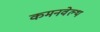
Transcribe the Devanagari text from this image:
कमनवेल्थ